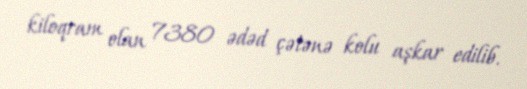
kiloqram olan 7380 ədəd çətənə kolu aşkar edilib.